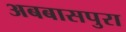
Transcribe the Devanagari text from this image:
अबबासपुरा